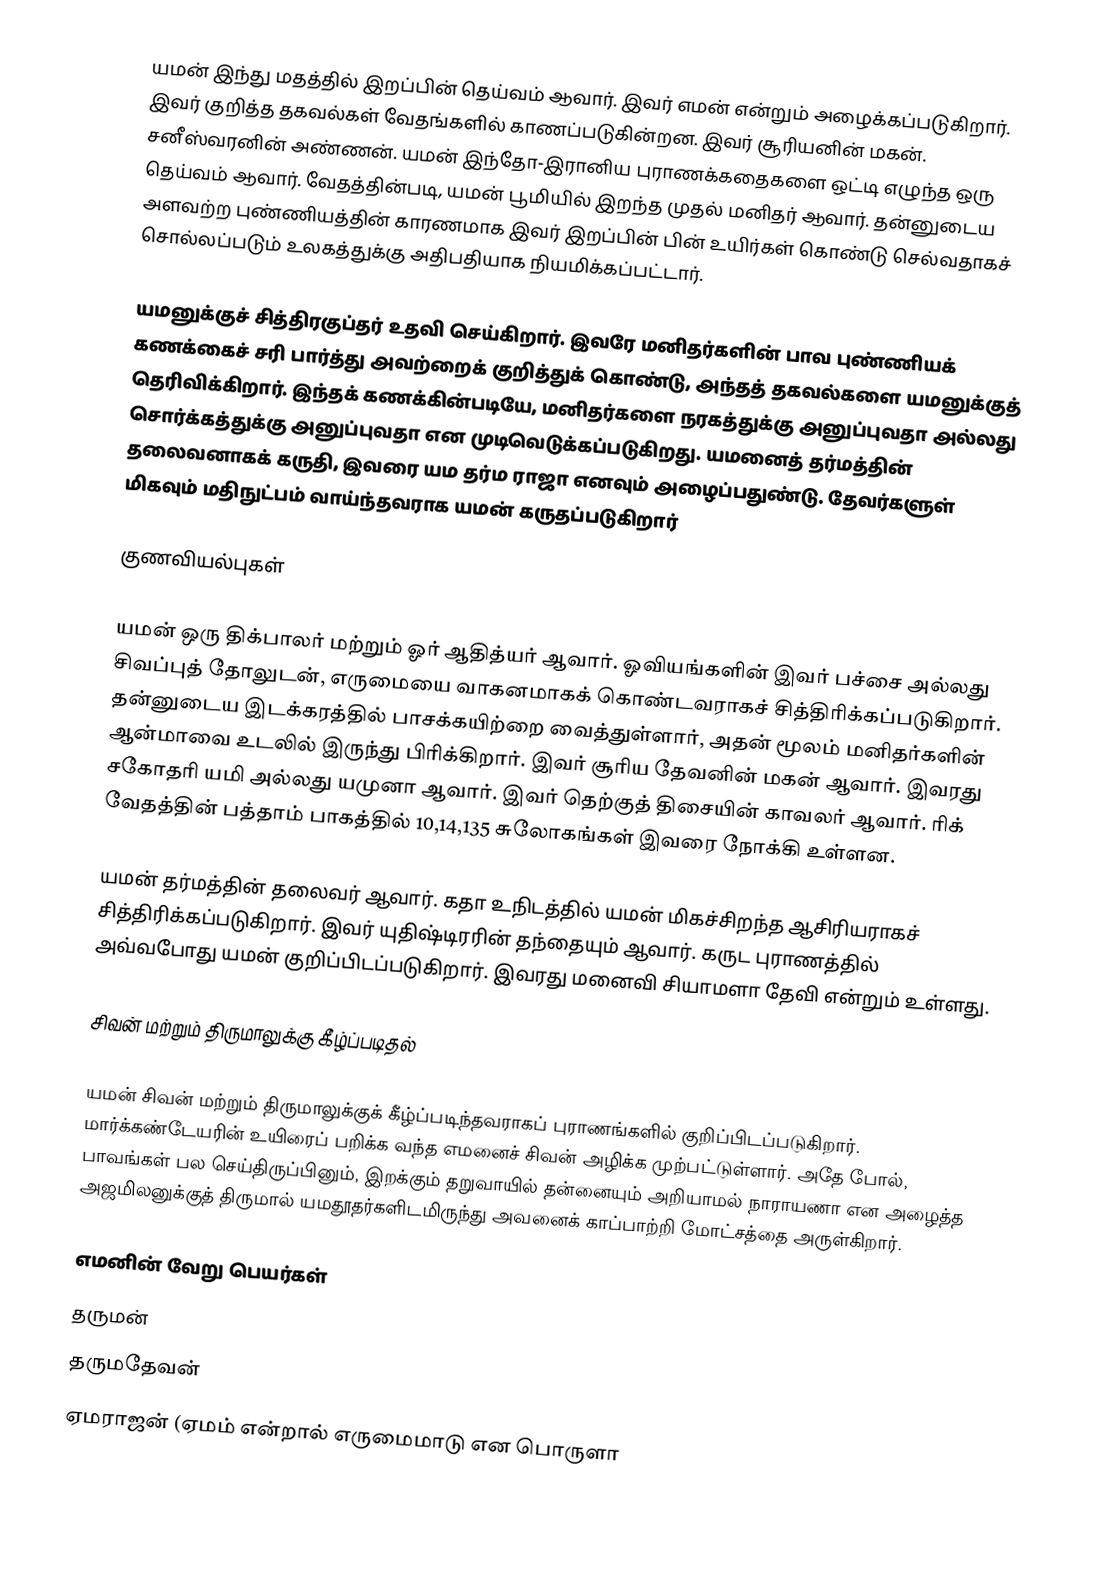
யமன் இந்து மதத்தில் இறப்பின் தெய்வம் ஆவார். இவர் எமன் என்றும் அழைக்கப்படுகிறார். இவர் குறித்த தகவல்கள் வேதங்களில் காணப்படுகின்றன. இவர் சூரியனின் மகன். சனீஸ்வரனின் அண்ணன். யமன் இந்தோ-இரானிய புராணக்கதைகளை ஒட்டி எழுந்த ஒரு தெய்வம் ஆவார். வேதத்தின்படி, யமன் பூமியில் இறந்த முதல் மனிதர் ஆவார். தன்னுடைய அளவற்ற புண்ணியத்தின் காரணமாக இவர் இறப்பின் பின் உயிர்கள் கொண்டு செல்வதாகச் சொல்லப்படும் உலகத்துக்கு அதிபதியாக நியமிக்கப்பட்டார்.

யமனுக்குச் சித்திரகுப்தர் உதவி செய்கிறார். இவரே மனிதர்களின் பாவ புண்ணியக் கணக்கைச் சரி பார்த்து அவற்றைக் குறித்துக் கொண்டு, அந்தத் தகவல்களை யமனுக்குத் தெரிவிக்கிறார். இந்தக் கணக்கின்படியே, மனிதர்களை நரகத்துக்கு அனுப்புவதா அல்லது சொர்க்கத்துக்கு அனுப்புவதா என முடிவெடுக்கப்படுகிறது.  யமனைத் தர்மத்தின் தலைவனாகக் கருதி, இவரை யம தர்ம ராஜா எனவும் அழைப்பதுண்டு. தேவர்களுள் மிகவும் மதிநுட்பம் வாய்ந்தவராக யமன் கருதப்படுகிறார்

குணவியல்புகள்

யமன் ஒரு திக்பாலர் மற்றும் ஓர் ஆதித்யர் ஆவார். ஓவியங்களின் இவர் பச்சை அல்லது சிவப்புத் தோலுடன், எருமையை வாகனமாகக் கொண்டவராகச் சித்திரிக்கப்படுகிறார். தன்னுடைய இடக்கரத்தில் பாசக்கயிற்றை வைத்துள்ளார், அதன் மூலம் மனிதர்களின் ஆன்மாவை உடலில் இருந்து பிரிக்கிறார். இவர் சூரிய தேவனின் மகன் ஆவார். இவரது சகோதரி யமி அல்லது யமுனா ஆவார். இவர் தெற்குத் திசையின் காவலர் ஆவார். ரிக் வேதத்தின் பத்தாம் பாகத்தில் 10,14,135 சுலோகங்கள் இவரை நோக்கி உள்ளன.

யமன் தர்மத்தின் தலைவர் ஆவார். கதா உநிடத்தில் யமன் மிகச்சிறந்த ஆசிரியராகச் சித்திரிக்கப்படுகிறார். இவர் யுதிஷ்டிரரின் தந்தையும் ஆவார். கருட புராணத்தில் அவ்வபோது யமன் குறிப்பிடப்படுகிறார். இவரது மனைவி சியாமளா தேவி என்றும் உள்ளது.

சிவன் மற்றும் திருமாலுக்கு கீழ்ப்படிதல்

யமன் சிவன் மற்றும் திருமாலுக்குக் கீழ்ப்படிந்தவராகப் புராணங்களில் குறிப்பிடப்படுகிறார். மார்க்கண்டேயரின் உயிரைப் பறிக்க வந்த எமனைச் சிவன் அழிக்க முற்பட்டுள்ளார். அதே போல், பாவங்கள் பல செய்திருப்பினும், இறக்கும் தறுவாயில் தன்னையும் அறியாமல் நாராயணா என அழைத்த அஜமிலனுக்குத் திருமால் யமதூதர்களிடமிருந்து அவனைக் காப்பாற்றி மோட்சத்தை அருள்கிறார்.

எமனின் வேறு பெயர்கள்
 தருமன்
 தருமதேவன்
 ஏமராஜன் (ஏமம் என்றால் எருமைமாடு என பொருளா